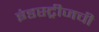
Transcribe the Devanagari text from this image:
इंडस्ट्रीजची